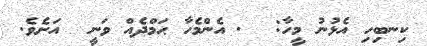
ކިނބިހި އެޅުނު މީހާ:  . އެންމެހާ ޙަމްދެއް ވަނީ  އަށެވެ.